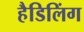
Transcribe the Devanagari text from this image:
हैडिलिंग